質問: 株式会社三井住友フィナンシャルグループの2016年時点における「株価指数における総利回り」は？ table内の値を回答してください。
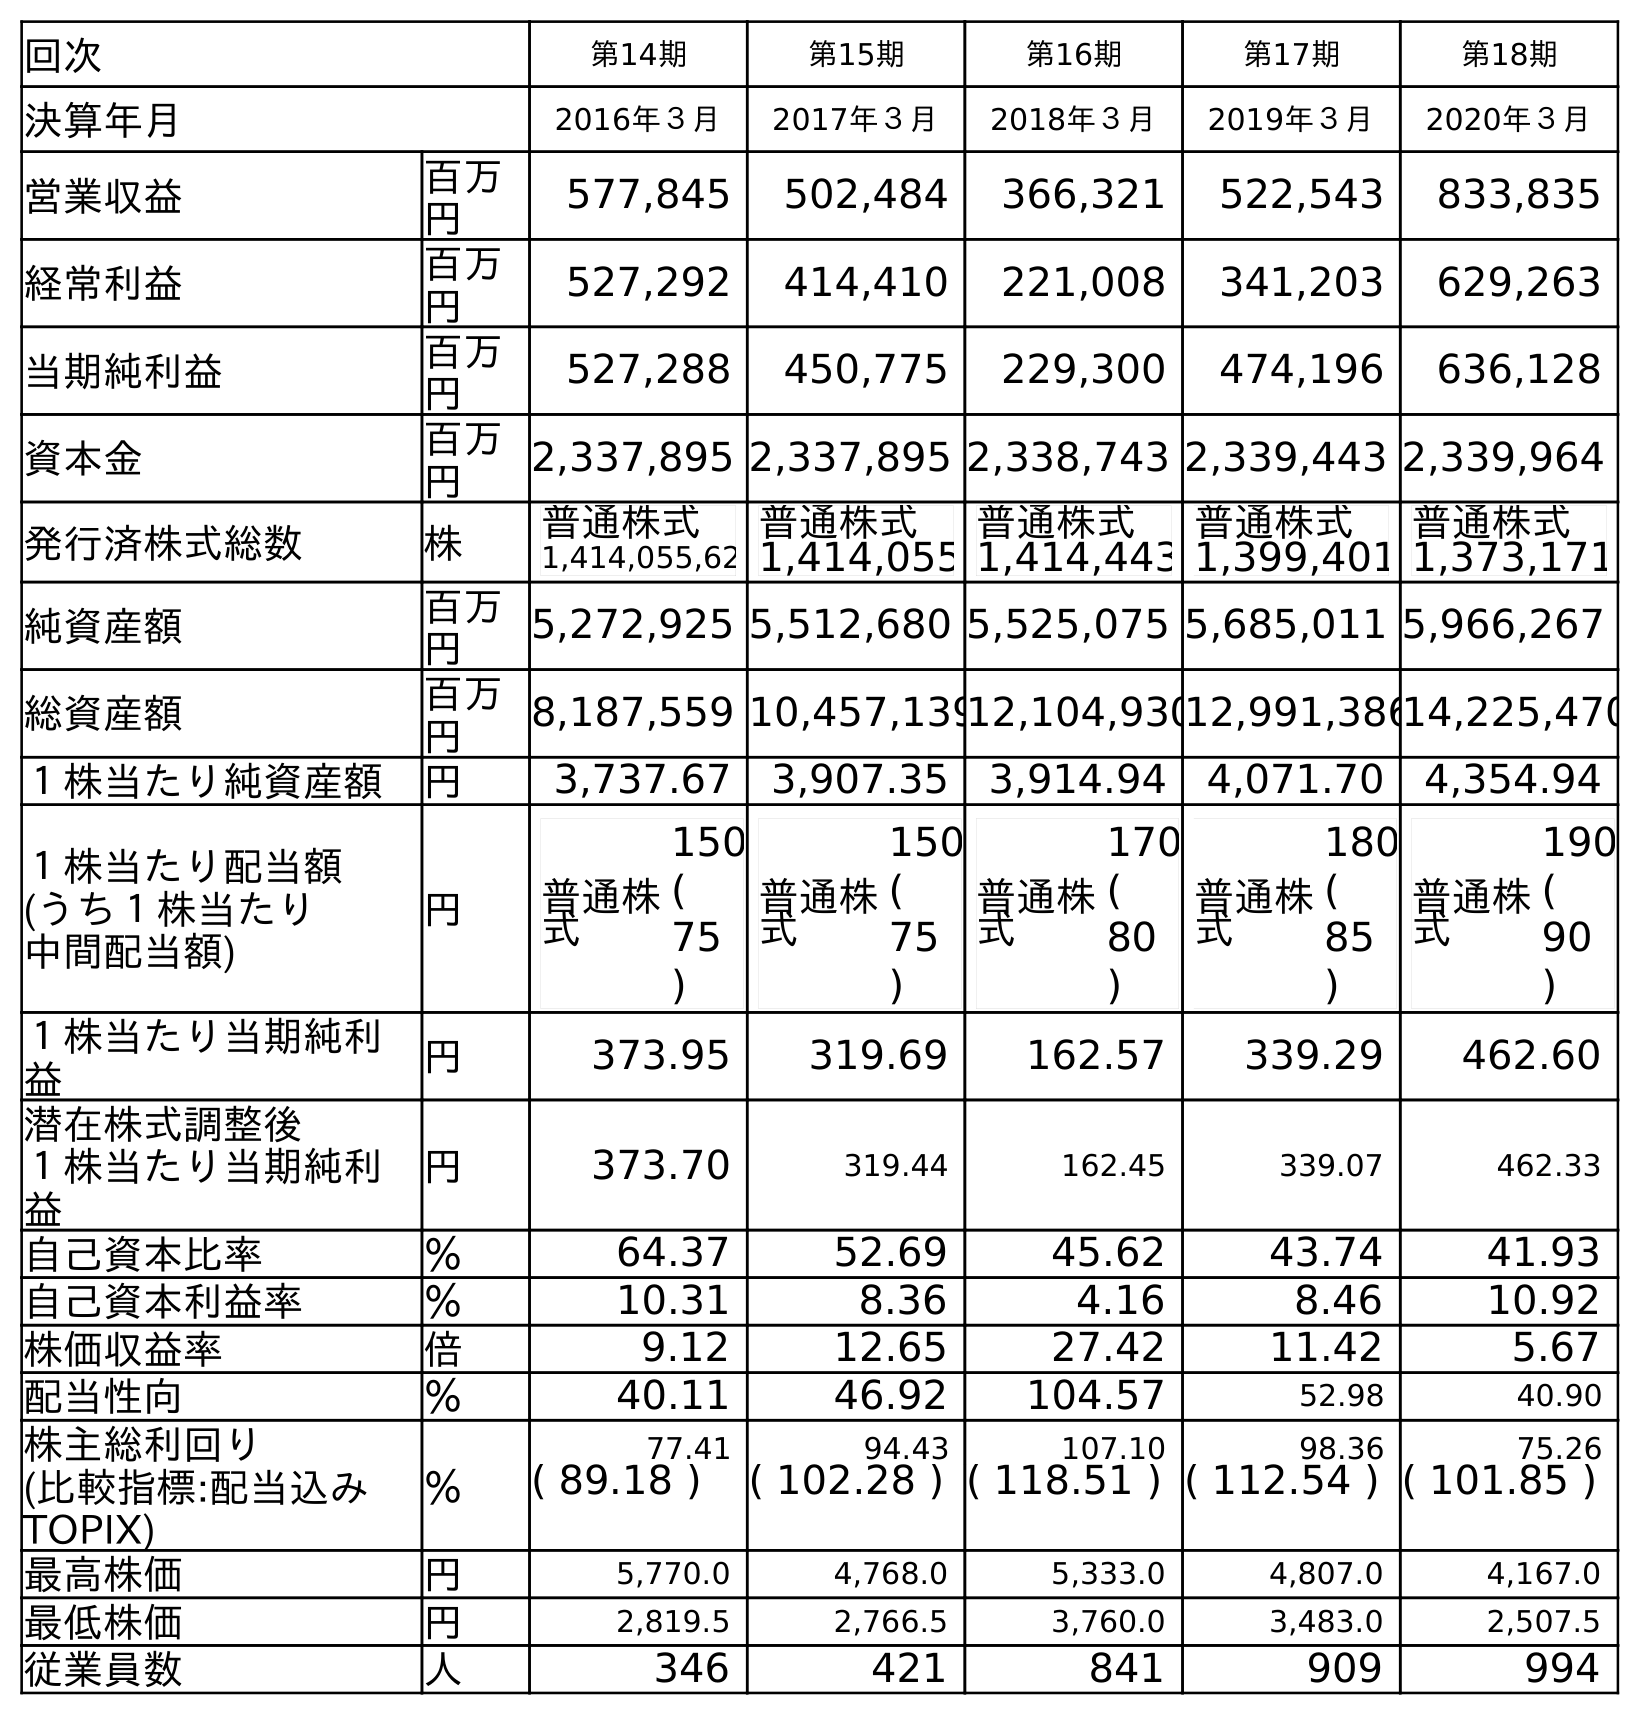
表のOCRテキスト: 回次 第14期 第15期 第16期 第17期 第18期 決算年月 2016年３月 2017年３月 2018年３月 2019年３月 2020年３月 営業収益 百万 円 577,845 502,484 366,321 522,543 833,835 経常利益 百万 円 527,292 414,410 221,008 341,203 629,263 当期純利益 百万 円 527,288 450,775 229,300 474,196 636,128 資本金 百万 円 2,337,895 2,337,895 2,338,743 2,339,443 2,339,964 発行済株式総数 株 普通株式 1,414,055,62 普通株式 1,414,055 普通株式 1,414,443 普通株式 1,399,401 普通株式 1,373,171 純資産額 百万 円 5,272,925 5,512,680 5,525,075 5,685,011 5,966,267 総資産額 百万 円 8,187,559 10,457,13912,104,93012,991,38614,225,470 １株当たり純資産額 円 3,737.67 3,907.35 3,914.94 4,071.70 4,354.94 １株当たり配当額 (うち１株当たり 中間配当額) 円 普通株 式 150 ( 75 ) 普通株 式 150 ( 75 ) 普通株 式 170 ( 80 ) 普通株 式 180 ( 85 ) 普通株 式 190 ( 90 ) １株当たり当期純利 益 円 373.95 319.69 162.57 339.29 462.60 潜在株式調整後 １株当たり当期純利 益 円 373.70 319.44 162.45 339.07 462.33 自己資本比率 ％ 64.37 52.69 45.62 43.74 41.93 自己資本利益率 ％ 10.31 8.36 4.16 8.46 10.92 株価収益率 倍 9.12 12.65 27.42 11.42 5.67 配当性向 ％ 40.11 46.92 104.57 52.98 40.90 株主総利回り ％ 77.41 94.43 107.10 98.36 75.26 (比較指標:配当込み TOPIX) ( 89.18 ) ( 102.28 ) ( 118.51 ) ( 112.54 ) ( 101.85 ) 最高株価 円 5,770.0 4,768.0 5,333.0 4,807.0 4,167.0 最低株価 円 2,819.5 2,766.5 3,760.0 3,483.0 2,507.5 従業員数 人 346 421 841 909 994
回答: (89.18)